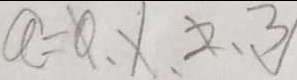
a = 0 , 1 , 2 , 3